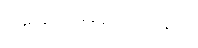
အဆင်မပြေသည့်